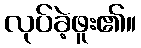
လုပ်ခဲ့ဖူး၏။